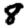
Digit: 8